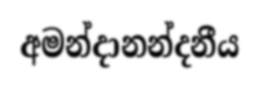
අමන්දානන්දනීය